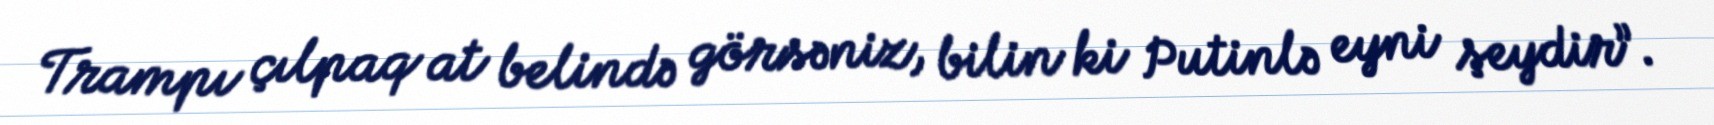
Trampı çılpaq at belində görsəniz, bilin ki Putinlə eyni şeydir”.